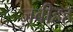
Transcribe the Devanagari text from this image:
ज़बीहह